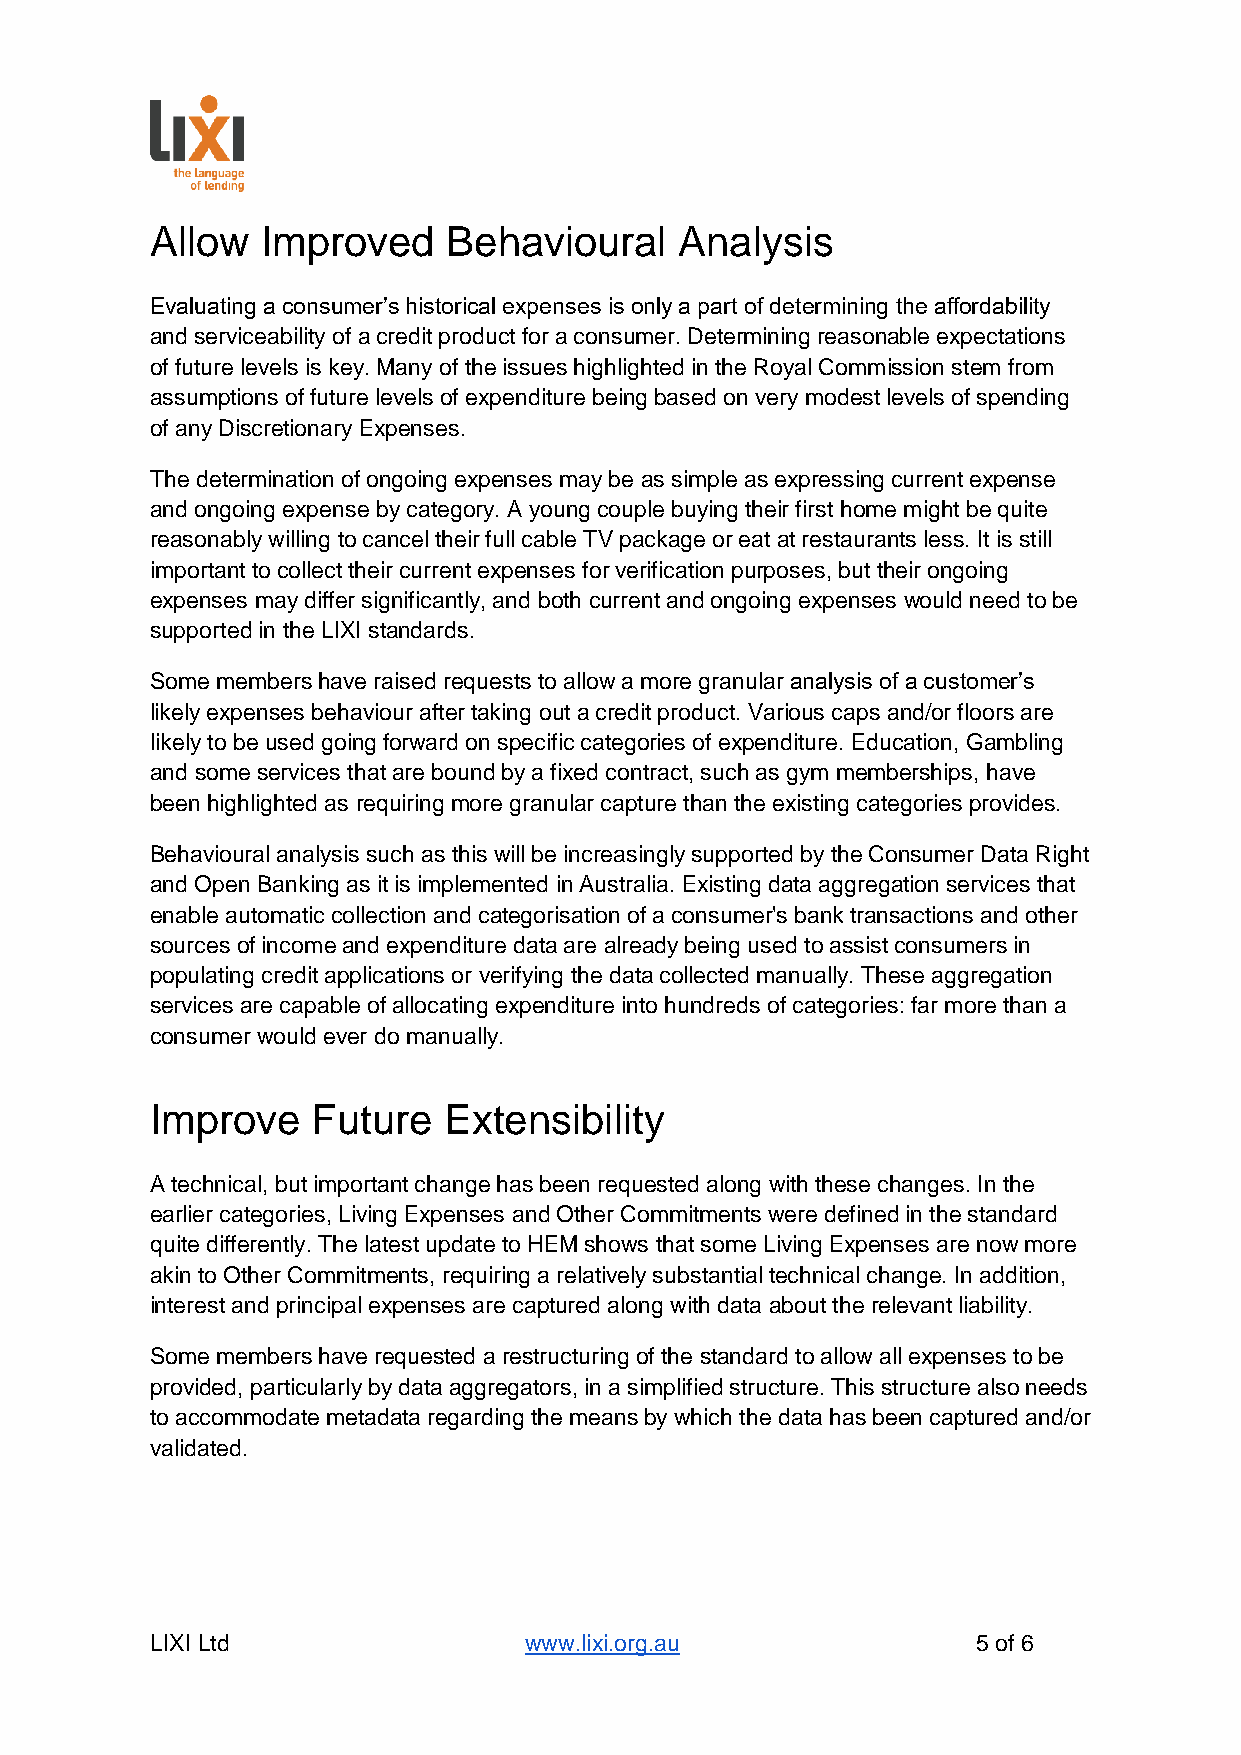
Allow  Improved     Behavioural    Analysis
 Evaluating a consumer’s historical expenses is only a part of determining the affordability
 and serviceability of a credit product for a consumer. Determining reasonable expectations
 of future levels is key. Many of the issues highlighted in the Royal Commission stem from
 assumptions of future levels of expenditure being based on very modest levels of spending
 of any Discretionary Expenses.
 The determination of ongoing expenses may be as simple as expressing current expense
 and ongoing expense by category. A young couple buying their first home might be quite
 reasonably willing to cancel their full cable TV package or eat at restaurants less. It is still
 important to collect their current expenses for verification purposes, but their ongoing
 expenses may differ significantly, and both current and ongoing expenses would need to be
 supported in the LIXI standards.
 Some members have raised requests to allow a more granular analysis of a customer’s
 likely expenses behaviour after taking out a credit product. Various caps and/or floors are
 likely to be used going forward on specific categories of expenditure. Education, Gambling
 and some services that are bound by a fixed contract, such as gym memberships, have
 been highlighted as requiring more granular capture than the existing categories provides.
 Behavioural analysis such as this will be increasingly supported by the Consumer Data Right
 and Open Banking as it is implemented in Australia. Existing data aggregation services that
 enable automatic collection and categorisation of a consumer's bank transactions and other
 sources of income and expenditure data are already being used to assist consumers in
 populating credit applications or verifying the data collected manually. These aggregation
 services are capable of allocating expenditure into hundreds of categories: far more than a
 consumer would ever do manually.
 Improve    Future  Extensibility
 A technical, but important change has been requested along with these changes. In the
 earlier categories, Living Expenses and Other Commitments were defined in the standard
 quite differently. The latest update to HEM shows that some Living Expenses are now more
 akin to Other Commitments, requiring a relatively substantial technical change. In addition,
 interest and principal expenses are captured along with data about the relevant liability.
 Some members have requested a restructuring of the standard to allow all expenses to be
 provided, particularly by data aggregators, in a simplified structure. This structure also needs
 to accommodate metadata regarding the means by which the data has been captured and/or
 validated.
 LIXI Ltd                 www.lixi.org.au               5 of 6